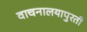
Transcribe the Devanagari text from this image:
वाचनालयापुरती